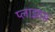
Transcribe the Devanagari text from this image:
प्लाझास